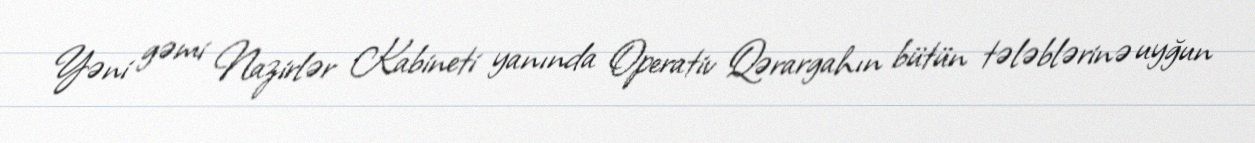
Yəni gəmi Nazirlər Kabineti yanında Operativ Qərargahın bütün tələblərinə uyğun